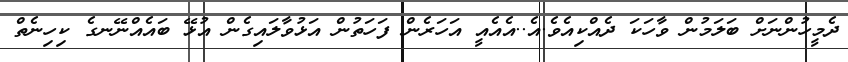
ދެމީހުންނަށް ބަލަމުން ވާހަކަ ދެއްކިއެވެ.އެ..އެއެއީ އަހަރެން ފަހަތުން އަޅުވާލައިގެން އުޅޭ ބައެއްނޭނގެ ކިހިނެތް